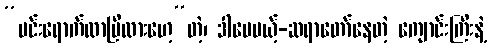
“မင်းရောက်လာပြီလားဟေ့”တဲ့၊ ဒါပေမယ့်-ဆရာတော်နေတဲ့ ကျောင်းကြီးနဲ့